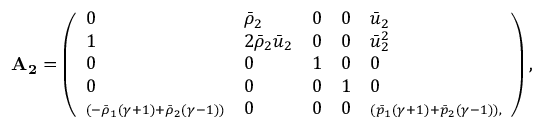
\mathbf { A _ { 2 } } = \left( \begin{array} { l l l l l } { 0 } & { \bar { \rho } _ { 2 } } & { 0 } & { 0 } & { \bar { u } _ { 2 } } \\ { 1 } & { 2 \bar { \rho } _ { 2 } \bar { u } _ { 2 } } & { 0 } & { 0 } & { \bar { u } _ { 2 } ^ { 2 } } \\ { 0 } & { 0 } & { 1 } & { 0 } & { 0 } \\ { 0 } & { 0 } & { 0 } & { 1 } & { 0 } \\ { \scriptstyle \left( - \bar { \rho } _ { 1 } ( \gamma + 1 ) + \bar { \rho } _ { 2 } ( \gamma - 1 ) \right) } & { 0 } & { 0 } & { 0 } & { \scriptstyle \left( \bar { p } _ { 1 } ( \gamma + 1 ) + \bar { p } _ { 2 } ( \gamma - 1 ) \right) , } \end{array} \right) ,